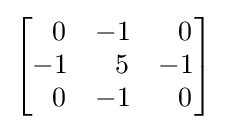
{\begin{bmatrix}\ \ 0&-1&\ \ 0\\-1&\ \ 5&-1\\\ \ 0&-1&\ \ 0\end{bmatrix}}